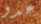
عدو